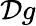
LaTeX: {\cal D}g